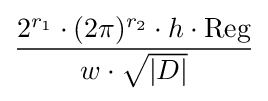
{\frac {2^{r_{1}}\cdot (2\pi )^{r_{2}}\cdot h\cdot \operatorname {Reg} }{w\cdot {\sqrt {|D|}}}}